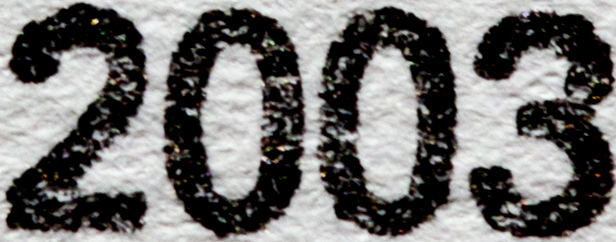
2003